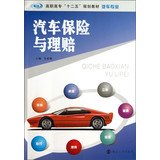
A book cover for Higher car insurance and claims second five planning materials automotive professional(Chinese Edition); SONG LI MIN; Engineering & Transportation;